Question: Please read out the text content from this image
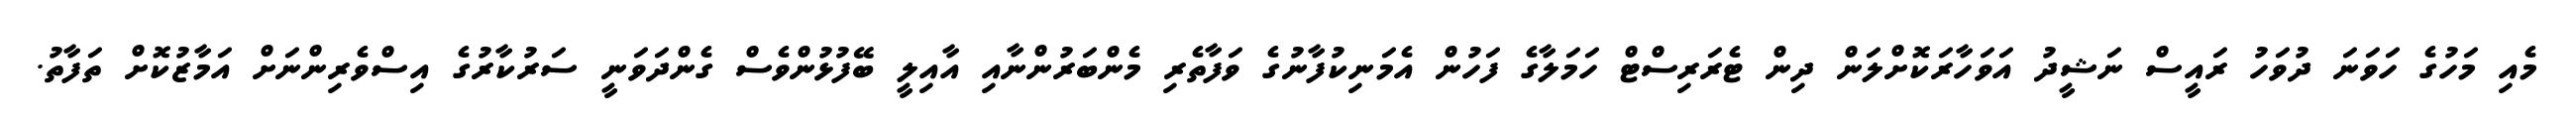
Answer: މެއި މަހުގެ ހަވަނަ ދުވަހު ރައީސް ނަޝީދު އަވަހާރަކޮށްލަން ދިން ޓެރަރިސްޓް ހަމަލާގެ ފަހުން އެމަނިކުފާނުގެ ވަފާތެރި މެންބަރުންނާއި އާއިލީ ބޭފުޅުންވެސް ގެންދަވަނީ ސަރުކާރުގެ އިސްވެރިންނަށް އަމާޒުކޮށް ތަފާތު.